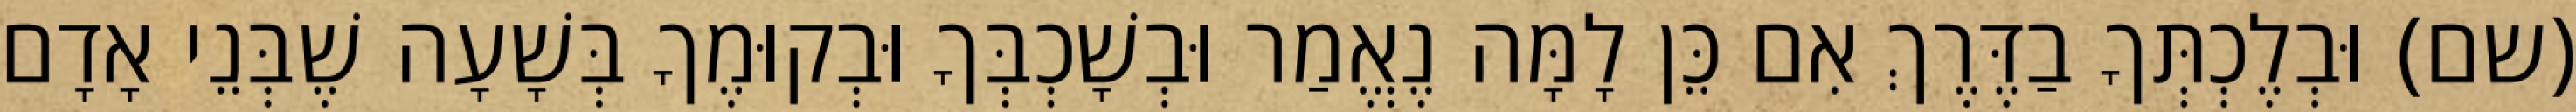
(שם) וּבְלֶכְתְּךָ בַדֶּרֶךְ אִם כֵּן לָמָּה נֶאֱמַר וּבְשָׁכְבְּךָ וּבְקוּמֶךָ בְּשָׁעָה שֶׁבְּנֵי אָדָם